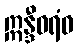
ဣန္ဒီဝရံဝ